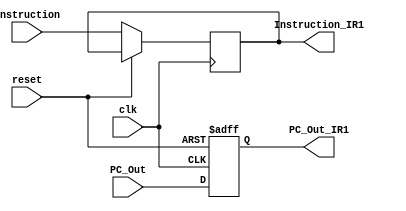
module IR1(
	input clk, reset,
	input [63:0] PC_Out,
	input [31:0] Instruction,
	output reg [63:0] PC_Out_IR1,
	output reg [31:0] Instruction_IR1
);

always @ (posedge clk or posedge reset)
begin
	if (reset)
		PC_Out_IR1 = 64'd0;
	else
	begin
		PC_Out_IR1 <= PC_Out;
		Instruction_IR1 <= Instruction;
	end
end

endmodule